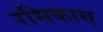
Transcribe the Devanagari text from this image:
रसिकास्